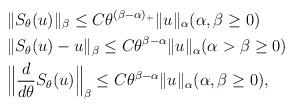
LaTeX: \begin{align*}&\|S_{\theta}(u)\|_{\beta}\le C\theta^{(\beta-\alpha)_{+}}\|u\|_{\alpha}(\alpha,\beta\ge0)\\&\|S_{\theta}(u)-u\|_{\beta}\le C\theta^{\beta-\alpha}\|u\|_{\alpha}(\alpha>\beta\ge0)\\&\Big{\|}\frac{d}{d\theta}S_{\theta}(u)\Big{\|}_{\beta}\le C\theta^{\beta-\alpha}\|u\|_{\alpha}(\alpha,\beta\ge0),\end{align*}